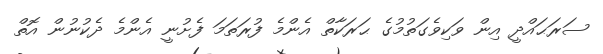
ސަރަޙައްދީ އިން ވަކިވެގަތުމުގެ ޙަރަކާތް އެންމެ ފުރަތަމަ ފެށުނީ އެންމެ ދެކުނުން އޮތް